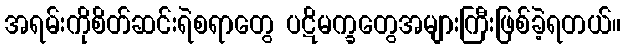
အရမ်းကိုစိတ်ဆင်းရဲစရာတွေ ပဋိမက္ခတွေအများကြီးဖြစ်ခဲ့ရတယ်။